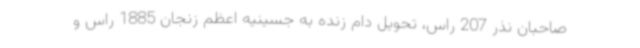
صاحبان نذر 207 راس، تحویل دام زنده به جسینیه اعظم زنجان 1885 راس و